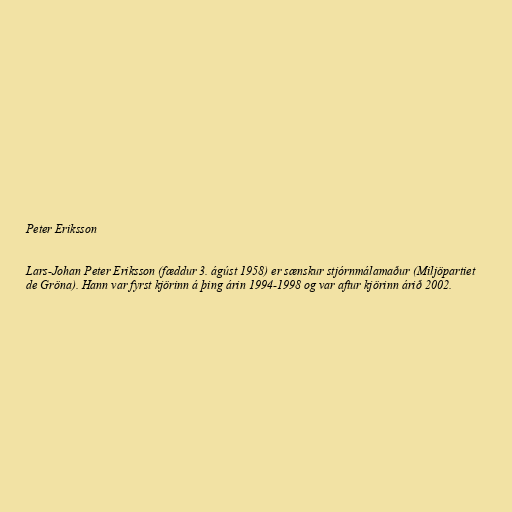
Peter Eriksson

Lars-Johan Peter Eriksson (fæddur 3. ágúst 1958) er sænskur stjórnmálamaður (Miljöpartiet
de Gröna). Hann var fyrst kjörinn á þing árin 1994-1998 og var aftur kjörinn árið 2002.